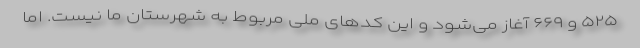
۵۲۵ و ۶۶۹ آغاز می‌شود و این کدهای ملی مربوط به شهرستان ما نیست. اما